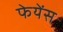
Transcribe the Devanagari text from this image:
फेयेंस